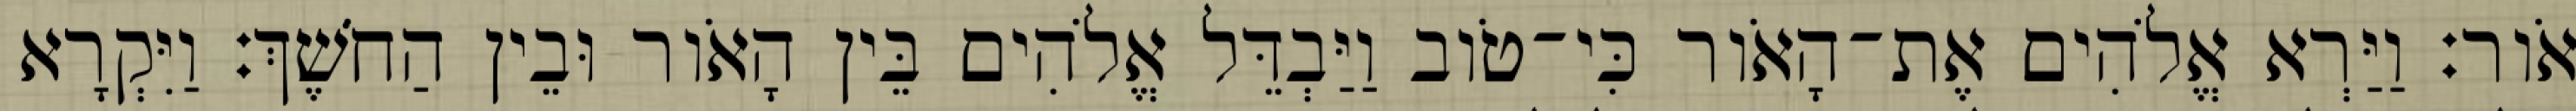
אֹור׃ וַיַּרְא אֱלֹהִים אֶת־הָאֹור כִּי־טֹוב וַיַּבְדֵּל אֱלֹהִים בֵּין הָאֹור וּבֵין הַחֹשֶׁךְ׃ וַיִּקְרָא